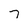
Character: 7